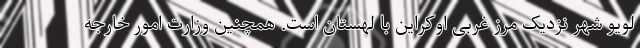
لویو شهر نزدیک مرز غربی اوکراین با لهستان است. همچنین وزارت امور خارجه